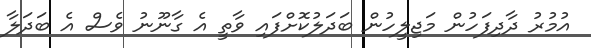
އުމުރު ދާދިފަހުން މަޖިލީހުން ބަދަލުކޮށްފައި ވާތީ އެ ގާނޫނު ވެސް އެ ބަދަލާ